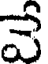
వే